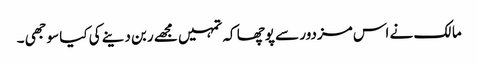
مالک نے اس مزدور سے پوچھا کہ تمہیں مجھے ربن دینے کی کیا سوجھی ۔